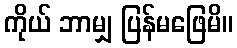
ကိုယ် ဘာမျှ ပြန်မဖြေမိ။